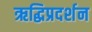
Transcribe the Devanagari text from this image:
ऋद्धिप्रदर्शन